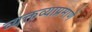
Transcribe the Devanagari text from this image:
व्यक्तव्याप्रमाणे